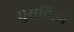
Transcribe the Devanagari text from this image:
घुसविली